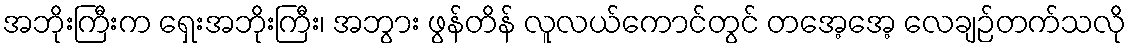
အဘိုးကြီးက ရှေးအဘိုးကြီး၊ အဘွား ဖွန်တိန် လူလယ်ကောင်တွင် တအေ့အေ့ လေချဉ်တက်သလို